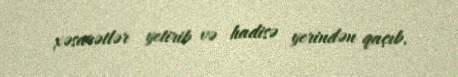
xəsarətlər yetirib və hadisə yerindən qaçıb.